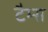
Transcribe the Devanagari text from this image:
टैम्स